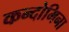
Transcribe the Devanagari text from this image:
कन्दोमिना